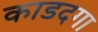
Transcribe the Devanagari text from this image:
काडदगा